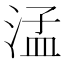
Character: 𬈂